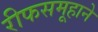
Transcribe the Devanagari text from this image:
रीफसमूहाने